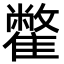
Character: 䨆